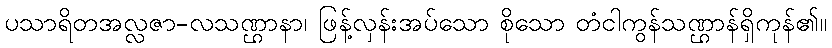
ပသာရိတအလ္လဇာ-လသဏ္ဌာနာ၊ ဖြန့်လှန်းအပ်သော စိုသော တံငါကွန်သဏ္ဌာန်ရှိကုန်၏။